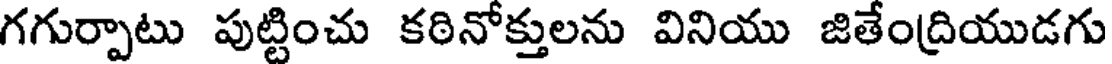
గగుర్పాటు పుట్టించు కఠినోక్తులను వినియు జితేంద్రియుడగు